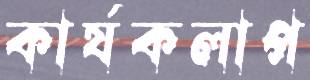
কার্যকলাপ